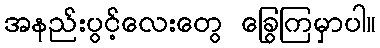
အနည်းပွင့်လေးတွေ ခြွေကြမှာပါ။